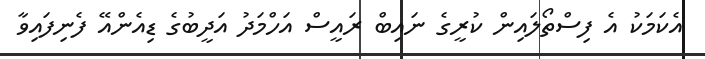
އެކަމަކު އެ ފިސްތޯލައިން ކުރީގެ ނައިބް ރައީސް އަހްމަދު އަދީބުގެ ޑިއެންއޭ ފެނިފައިވާ